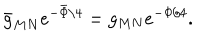
LaTeX: \bar { g } _ { M N } e ^ { - \bar { \Phi } / 4 } = g _ { M N } e ^ { - \Phi / 4 } .